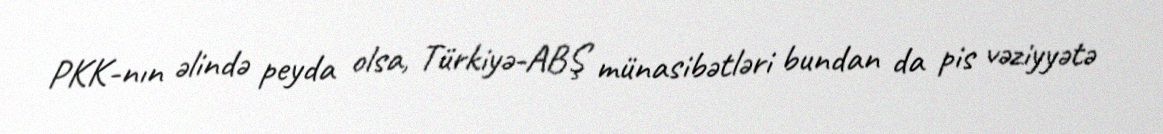
PKK-nın əlində peyda olsa, Türkiyə-ABŞ münasibətləri bundan da pis vəziyyətə